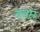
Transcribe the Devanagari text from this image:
वयप्त